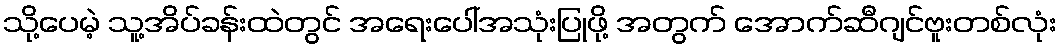
သို့ပေမဲ့ သူ့အိပ်ခန်းထဲတွင် အရေးပေါ်အသုံးပြုဖို့ အတွက် အောက်ဆီဂျင်ဗူးတစ်လုံး